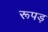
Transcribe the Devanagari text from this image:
रूपड़